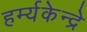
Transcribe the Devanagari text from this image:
हर्म्यकेन्द्रे